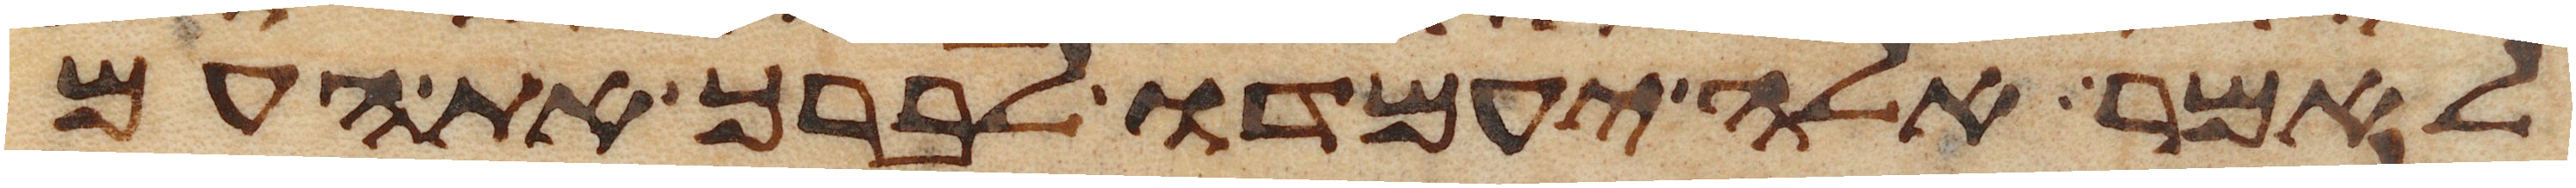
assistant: לאמר אלה יעמדו לברך את העם